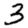
Digit: 3